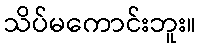
သိပ်မကောင်းဘူး။